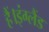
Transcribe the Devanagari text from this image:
हैं।इंग्लैंड